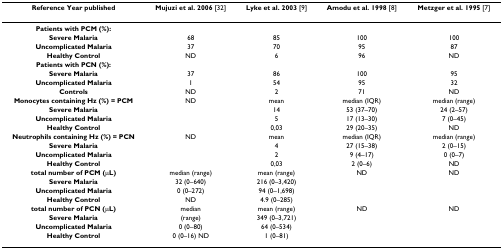
<table><thead><tr><td><b>Reference Year published</b></td><td><b>Mujuzi et al. 2006 [32]</b></td><td><b>Lyke et al. 2003 [9]</b></td><td><b>Amodu et al. 1998 [8]</b></td><td><b>Metzger et al. 1995 [7]</b></td></tr></thead><tbody><tr><td><b>Patients with PCM (%):</b></td><td></td><td></td><td></td><td></td></tr><tr><td><b>Severe Malaria</b></td><td>68</td><td>85</td><td>100</td><td>100</td></tr><tr><td><b>Uncomplicated Malaria</b></td><td>37</td><td>70</td><td>95</td><td>87</td></tr><tr><td><b>Healthy Control</b></td><td>ND</td><td>6</td><td>96</td><td>ND</td></tr><tr><td><b>Patients with PCN (%):</b></td><td></td><td></td><td></td><td></td></tr><tr><td><b>Severe Malaria</b></td><td>37</td><td>86</td><td>100</td><td>95</td></tr><tr><td><b>Uncomplicated Malaria</b></td><td>1</td><td>54</td><td>95</td><td>32</td></tr><tr><td><b>Controls</b></td><td>ND</td><td>2</td><td>71</td><td>ND</td></tr><tr><td><b>Monocytes containing Hz (%) = PCM</b></td><td>ND</td><td>mean</td><td>median (IQR)</td><td>median (range)</td></tr><tr><td><b>Severe Malaria</b></td><td></td><td>14</td><td>53 (37–70)</td><td>24 (2–57)</td></tr><tr><td><b>Uncomplicated Malaria</b></td><td></td><td>5</td><td>17 (13–30)</td><td>7 (0–45)</td></tr><tr><td><b>Healthy Control</b></td><td></td><td>0,03</td><td>29 (20–35)</td><td>ND</td></tr><tr><td><b>Neutrophils containing Hz (%) = PCN</b></td><td>ND</td><td>mean</td><td>median (IQR)</td><td>median (range)</td></tr><tr><td><b>Severe Malaria</b></td><td></td><td>4</td><td>27 (15–38)</td><td>2 (0–15)</td></tr><tr><td><b>Uncomplicated Malaria</b></td><td></td><td>2</td><td>9 (4–17)</td><td>0 (0–7)</td></tr><tr><td><b>Healthy Control</b></td><td></td><td>0,03</td><td>2 (0–6)</td><td>ND</td></tr><tr><td><b>total number of PCM (μL)</b></td><td>median (range)</td><td>mean (range)</td><td>ND</td><td>ND</td></tr><tr><td><b>Severe Malaria</b></td><td>32 (0–640)</td><td>216 (0–3,420)</td><td></td><td></td></tr><tr><td><b>Uncomplicated Malaria</b></td><td>0 (0–272)</td><td>94 (0–1,698)</td><td></td><td></td></tr><tr><td><b>Healthy Control</b></td><td>ND</td><td>4.9 (0–285)</td><td></td><td></td></tr><tr><td><b>total number of PCN (μL)</b></td><td>median</td><td>mean (range)</td><td>ND</td><td>ND</td></tr><tr><td><b>Severe Malaria</b></td><td>(range)</td><td>349 (0–3,721)</td><td></td><td></td></tr><tr><td><b>Uncomplicated Malaria</b></td><td>0 (0–80)</td><td>64 (0–534)</td><td></td><td></td></tr><tr><td><b>Healthy Control</b></td><td>0 (0–16) ND</td><td>1 (0–81)</td><td></td><td></td></tr></tbody></table>